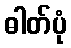
ဓါတ်ပုံ